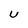
Character: U